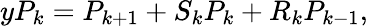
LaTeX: yP_{k}=P_{k+1}+S_{k}P_{k}+R_{k}P_{k-1},